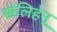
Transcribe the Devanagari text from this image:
खेलिहेनू